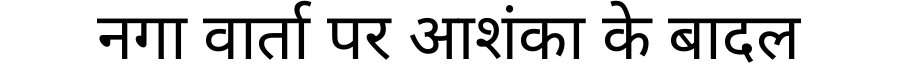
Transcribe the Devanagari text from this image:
नगा वार्ता पर आशंका के बादल